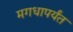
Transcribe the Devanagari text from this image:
मगधापर्यंत